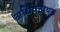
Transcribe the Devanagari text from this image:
अधिष्ठायक